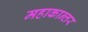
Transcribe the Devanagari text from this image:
महाकान्तर